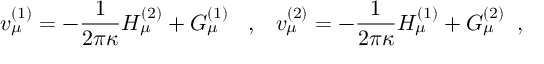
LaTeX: v _ { \mu } ^ { ( 1 ) } = - \frac { 1 } { 2 \pi \kappa } H _ { \mu } ^ { ( 2 ) } + G _ { \mu } ^ { ( 1 ) } \; \; \; , \; \; \; v _ { \mu } ^ { ( 2 ) } = - \frac { 1 } { 2 \pi \kappa } H _ { \mu } ^ { ( 1 ) } + G _ { \mu } ^ { ( 2 ) } \; \; ,